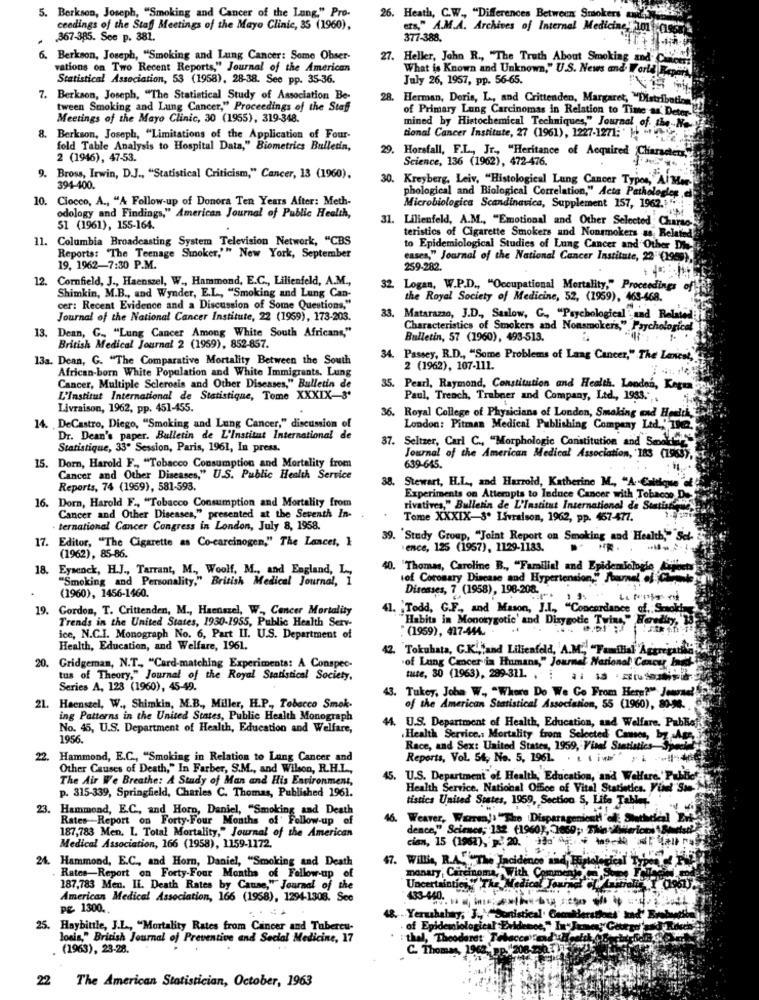
5. Berkson, Joseph, "Smoking and Cancer of the Lang." Pro-
26. Heath, C.W ., "Differences Between Smokers au
ceedings of the Staff Meetings of the Mayo Clinic, 35 (1960),
- A.M.A. Archives of Internal Medicine "hon
367-385. See p. 381.
377-388.
6. Berkson, Joseph, "Smoking and Lung Cancer: Some Obser-
27. Heller, John R ., "The Truth About Smoking and C
vations on Two Recent Reports," Journal of the American
What is Known and Unknown," U.S. News and- World Rep
Statistical Association, 53 (1958), 28-38. See pp. 35-36.
July 26, 1957, pp. 56-65.
7. Berkson, Joseph, "The Statistical Study of Association Be-
28.
Herman, Doris, L, and Crittenden, Margaret, "Distribution
tween Smoking and Lung Cancer," Proceedings of the Staff
of Primary Lang Carcinomas in Relation to Time as' Deter
Meetings of the Mayo Clinic, 30 (1955), 319-348.
mined by Histochemical Techniques," Journal of the-N.
tional Cancer Institute, 27 (1961), 1227-1271; }
8. Berkson, Joseph, "Limitations of the Application of Four-
fold Table Analysis to Hospital Data," Biometrics Bulletin,
20.
2 (1946), 47-53.
Horsfall, F.L ., Jr ., "Heritance of Acquired Characters,
Science, 136 (1962), 472-476.
9.
Bross, Irwin, D.J ., "Statistical Criticism," Cancer, 13 (1960).
30. Kreyberg, Leiv, "Histological Lung Cancer Typos, AlMer
394-400.
phological and Biological Correlation," Acta Pathologies
10.
Ciocco, A ., "A Follow-up of Donora Ten Years After: Meth-
odology and Findings," American Journal of Public Health,
Microbiologica Scandinavica, Supplement 157, 1962. ..
31. Lilienfeld, A.M ., "Emotional and Other Selected Charac
51 (1961), 155-164.
teristics of Cigarette Smokers and Nonsmokers ss Related
11. Columbia Broadcasting System Television Network, "CBS
to Epidemiological Studies of Lung Cancer and Other Die
Reports: "The Teenage Snoker,'" New York, September
cases," Journal of the National Cancer Institute, 22"(1999),
19. 1962-7:30 P.M.
259-282.
12.
Cornfield, J ., Haenszel, W ., Hammond, E.C ., Lilienfeld, A.M .,
32. Logan, W.P.D ., "Occupational Mortality," Proceedings
Shimkin, M.B ., and Wynder, E.L ., "Smoking and Lung Can-
the Royal Society of Medicine, 52, (1959), 463-468.
cer: Recent Evidence and a Discussion of Some Questions,"
Journal of the National Cancer Institute, 22 (1959), 173-203.
33. Matarazzo, J.D ., Saslow, G ., "Psychological and Related
13. Dean, G ., "Lung Cancer Among White South Africans,"
Characteristics of Smokers and Nonsmokers," Psychological
Bulletin, 57 (1960), 493-513.
British Medical Journal 2 (1959), 852-857.
13a. Dean, G. "The Comparative Mortality Between the South
34. Passey, R.D ., "Some Problems of Laag Cancer," The Lavese,'
African-born White Population and White Immigrants. Lung
2 (1962), 107-111.
Cancer, Multiple Sclerosis and Other Diseases," Bulletin de
35. Pearl, Raymond, Constitution and Health. London, Kegra
L'Institut International de Statistique, Tome XXXIX-8'
Paul, Trench, Trubner and Company, Ltd ., 1983." ..
Livraison, 1962, pp. 451-455.
36. Royal College of Physicians of London, Smoking and Health,
14. DeCastro, Diego, "Smoking and Lung Cancer," discussion of
London: Pitman Medical Publishing Company Ltd ., " The2.
Dr. Dean's paper. Bulletin de L'Institut International de
37. Seltzer, Carl C ., "Morphologie Constitution and Sonskg
Statistique, 33" Session, Paris, 1961, In press.
Journal of the American Medical Association, 183 (1963),
15. Dorn, Harold F ., "Tobacco Consumption and Mortality from
639-645.
Cancer and Other Diseases," U.S. Public Health Service
Stewart, H.L ., and Harrold, Katherine M ., "A Caltique "of
Reports, 74 (1959), 581-593.
16. Dorn, Harold F ., "Tobacco Consumption and Mortality from
Experiments on Attempts to Induce Cancer with Tobacon De
rivatives," Bulletin de L'Institut International de Statisti
Cancer and Other Diseases," presented at the Seventh In-
Tome XXXIX-3. Livraison, 1962, pp. 467-477.
· ternational Cancer Congress in London, July 8, 1958.
17. Editor, "The Cigarette as Co-carcinogen," The Lancet, 1
39. "Study Group, "Joint Report on Smoking and Health,"Set
ence, 125 (1957), 1129-1183.
(1962), 85-86.
18. Eysenck, H.J ., Tarrant, M ., Woolf, M ., and England, L .,
10. "Thomas, Caroline B ., "Familial and Epidemiologie 1)
"Smoking and Personality," British Medical Journal, 1
of Coronary Disease and Hypertension," Ahmet di Gues
Diseases, 7 (1958), 198-208.
(1960), 1456-1460.
19. Gordon, T. Crittenden, M ., Haenszel, W ., Cancer Mortality
41. Todd, C.F ., and Mason, J.I ., "Concordance of ,: Scaok!
Trends in the United States, 1930-1955, Public Health Serv-
"Habita in Monozygotic' and Dizygotic Twins," Hardly, 19
(1959), 417-444.
ice, N.C.I. Monograph No. 6, Part II. U.S. Department of
Health, Education, and Welfare, 1961.
42. Tokuhata, G.K .,, and Lilienfeld, A.M ., "Familial "Aggregatla
of Lung Cancer in Humans," Journal National Cancer Ig
20. Gridgeman, N.T ., "Card-matching Experiments: A Conspec-
tus of Theory," Journal of the Royal Statistical Society,
tute, 30 (1963), 299-311. . : : 13 . iusosimi
Series A, 123 (1960), 45-49.
Tukey, John W ., "Where Do We Go From Here?" Jeare !!
21. Haenszel, W ., Shimkin, M.B ., Miller, H.P ., Tobacco Smok-
of the American Statistical Association, 55 (1960), 80-94.
ing Patterns in the United States, Public Health Monograph
44. U.S. Department of Health, Education, and Welfare. Pablo
No. 45, U.S. Department of Health, Education and Welfare,
1956.
.Health Service .: Mortality from Selected Causes, by -Age
Race, and Sex: United States, 1959, Visel Statistics- Seite
22. Hammond, E.C ., "Smoking in Relation to Lung Cancer and
Reports, Vol. 54, No. 5, 1961. . Linie
Other Causes of Death," In Farber, S.M ., and Wilson, R.H.L .,
The Air We Breathe: A Study of Man and His Environment,
45.
U.S. Department of Health; Education, and Welfare, 'Public
Health Service. National Offee of Vital Statistics. Vill Som
p. 315-339, Springfield, Charles C. Thomas, Published 1961.
tistica United States, 1959, Section 5, Life Tabler
23.
Hammond, E.C ., and Horn, Daniel, "Smoking and Death
Rates-Report on Forty-Four Months of' Follow-up of
Weaver, Warren's" The Disparagoniem!
187,783 Men. L. Total Mortality," Journal of the American
dence," Science, 192 (1960), 1660; This.
cian, 15 (1968), : 20.
Medical Association, 166 (1958), 1159-1172.
24. Hammond, E.C ., and Horn, Daniel, "Smoking and Death
Rates-Report on Forty-Four Months of Follow-up of
47. Willis, R.A. , The Tacidince and, Foglol
monary, Carcinoma, With Comment
187,783 Men. IL. Death Rates by Cause," Journal of the
Uncertaintici The Medical Journal
American Medical Association, 166 (1958), 1294-1308. See
PE 1300.
-Yerubahay, J ., "Sontistical. Cecallersthe
25. Haybittle, J.L ., "Mortality Rates from Cancer and Tubercu-
of Epidemiological Evidence," Ir Ja
louis," British Journal of Preventive and Social Medicine, 17
: thal, Theoderet Tobacco readyH
. (1963), 23-28.
C. Thomas, 1968, pp.1208.200.377
22
The American Statistician, October, 1963